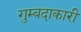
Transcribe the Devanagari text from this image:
गुम्बदाकारी